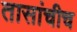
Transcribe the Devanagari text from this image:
तासांचीच